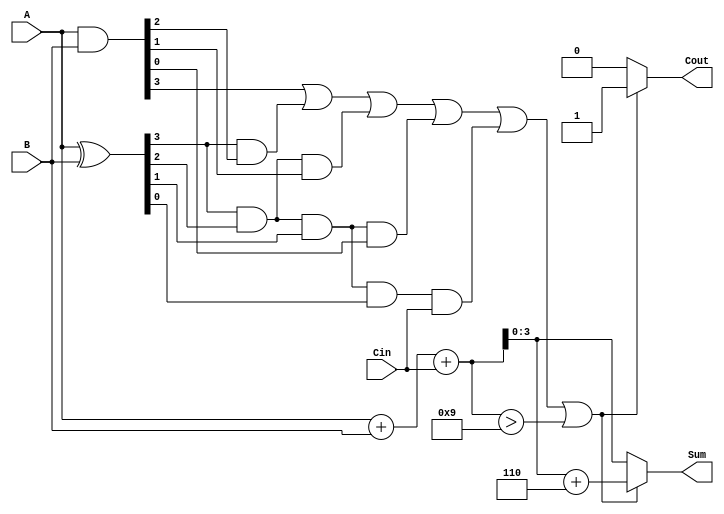
module BCD_Carry_Lookahead_Adder (
    input  [3:0] A,      // First BCD digit
    input  [3:0] B,      // Second BCD digit
    input        Cin,     // Carry input
    output reg [3:0] Sum, // BCD Sum output
    output reg Cout       // Carry output
);

    wire [3:0] P; // Propagate signals
    wire [3:0] G; // Generate signals
    wire [4:0] C; // Carry signals

    // Generate and Propagate signals
    assign P = A ^ B;   // P[i] = A[i] XOR B[i]
    assign G = A & B;   // G[i] = A[i] AND B[i]
    
    // Carry lookahead logic
    assign C[0] = Cin; // C[0] = Cin
    assign C[1] = G[0] | (P[0] & C[0]); // C[1]
    assign C[2] = G[1] | (P[1] & G[0]) | (P[1] & P[0] & C[0]); // C[2]
    assign C[3] = G[2] | (P[2] & G[1]) | (P[2] & P[1] & G[0]) | (P[2] & P[1] & P[0] & C[0]); // C[3]
    assign C[4] = G[3] | (P[3] & G[2]) | (P[3] & P[2] & G[1]) | (P[3] & P[2] & P[1] & G[0]) | (P[3] & P[2] & P[1] & P[0] & C[0]); // C[4]

    // Calculate raw sum
    wire [4:0] RawSum;
    assign RawSum = A + B + Cin; // Raw sum of A, B and Cin

    // Determine the final sum and carry out
    always @(*) begin
        if (C[4] || RawSum > 9) begin
            Sum = RawSum[3:0] + 4'b0110; // Adjust sum by adding 6
            Cout = 1'b1; // Set carry out
        end else begin
            Sum = RawSum[3:0]; // No adjustment needed
            Cout = 1'b0; // No carry out
        end
    end

endmodule